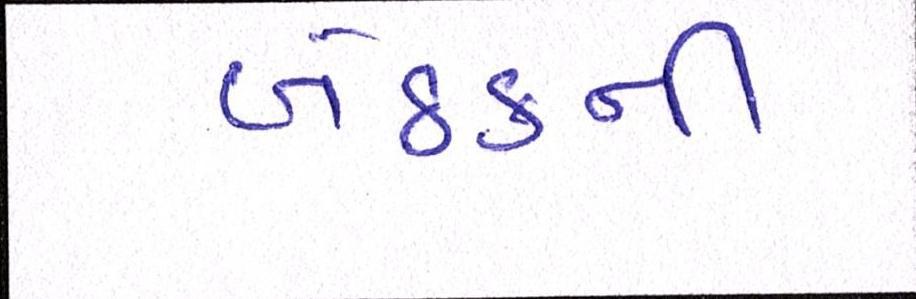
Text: બેઠકની